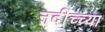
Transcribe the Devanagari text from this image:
नदीच्च्या